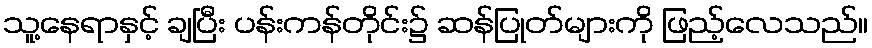
သူ့နေရာနှင့် ချပြီး ပန်းကန်တိုင်း၌ ဆန်ပြုတ်များကို ဖြည့်လေသည်။